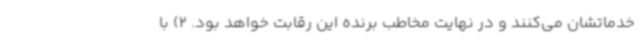
خدماتشان می‌کنند و در نهایت مخاطب برنده این رقابت خواهد بود. 2) با